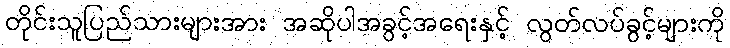
တိုင်းသူပြည်သားများအား အဆိုပါအခွင့်အရေးနှင့် လွတ်လပ်ခွင့်များကို